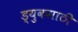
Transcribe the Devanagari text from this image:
ड्युकसाठी